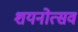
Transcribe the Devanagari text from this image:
शयनोत्सव